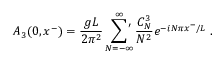
A _ { 3 } ( 0 , x ^ { - } ) = { \frac { g L } { 2 \pi ^ { 2 } } } \sum _ { N = - \infty } ^ { \infty } \! \! \! \! { } ^ { \stackrel { \prime } { } } \; { \frac { C _ { N } ^ { 3 } } { N ^ { 2 } } } e ^ { - i N \pi x ^ { - } / L } \; .